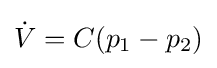
{\dot {V}}=C(p_{1}-p_{2})